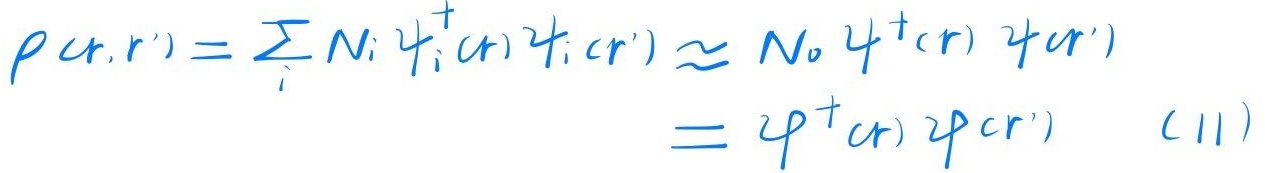
\[
\begin{align*}
\rho(r,r')&=\sum_{i}N_i\psi_{i}^{+}(r)\psi_{i}(r')\\
&\approx N_0\psi^{+}(r)\psi(r')\\
&=\varphi^{+}(r)\varphi(r')\quad(11)
\end{align*}
\]